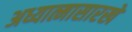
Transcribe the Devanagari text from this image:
अध्यात्मासारखे